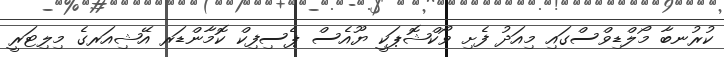
ކުރުނބާ މޯލްޑިވްސްގައި މިއަދު ފެށި ވޯކްޝޮޕަކީ ޔޫއެސް ޕެސިފިކް ކޮމާންޑަރ އޭޝިއަރގެ މިލިޓަރީ